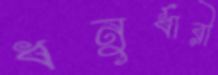
ধনুর্ধারী